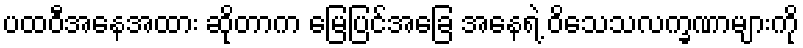
ပထဝီအနေအထား ဆိုတာက မြေပြင်အခြေ အနေရဲ့ ဝိသေသလက္ခဏာများကို